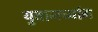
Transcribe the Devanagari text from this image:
युवानच्यांग